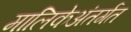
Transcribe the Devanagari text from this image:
मालिकेअंतर्गत